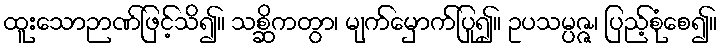
ထူးသောဉာဏ်ဖြင့်သိ၍။ သစ္ဆိကတွာ၊ မျက်မှောက်ပြု၍။ ဥပသမ္ပဇ္ဇ၊ ပြည့်စုံစေ၍။